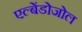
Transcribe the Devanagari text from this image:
एल्बेंडोजोल